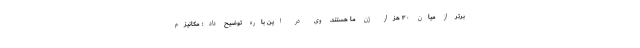
برتر از میان ۳۰ هزار ژن ما هستند. وی در این باره توضیح داد: مکانیزم